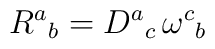
R^{a}{}_{b}=D^{a}{}_{c}\, \omega ^{c}{}_{b}\;